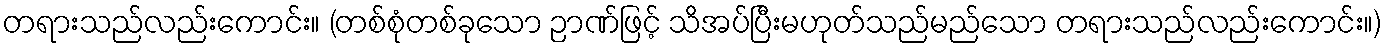
တရားသည်လည်းကောင်း။ (တစ်စုံတစ်ခုသော ဉာဏ်ဖြင့် သိအပ်ပြီးမဟုတ်သည်မည်သော တရားသည်လည်းကောင်း။)